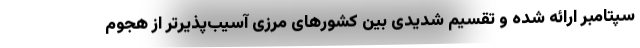
سپتامبر ارائه شده و تقسیم شدیدی بین کشورهای مرزی آسیب‌پذیرتر از هجوم